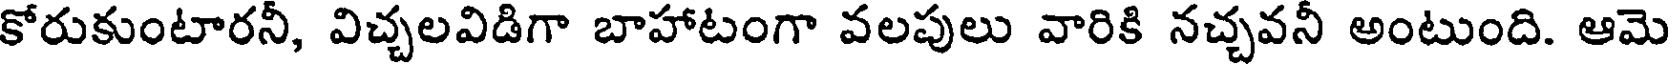
కోరుకుంటారనీ, విచ్చలవిడిగా బాహాటంగా వలపులు వారికి నచ్చవనీ అంటుంది. ఆమె